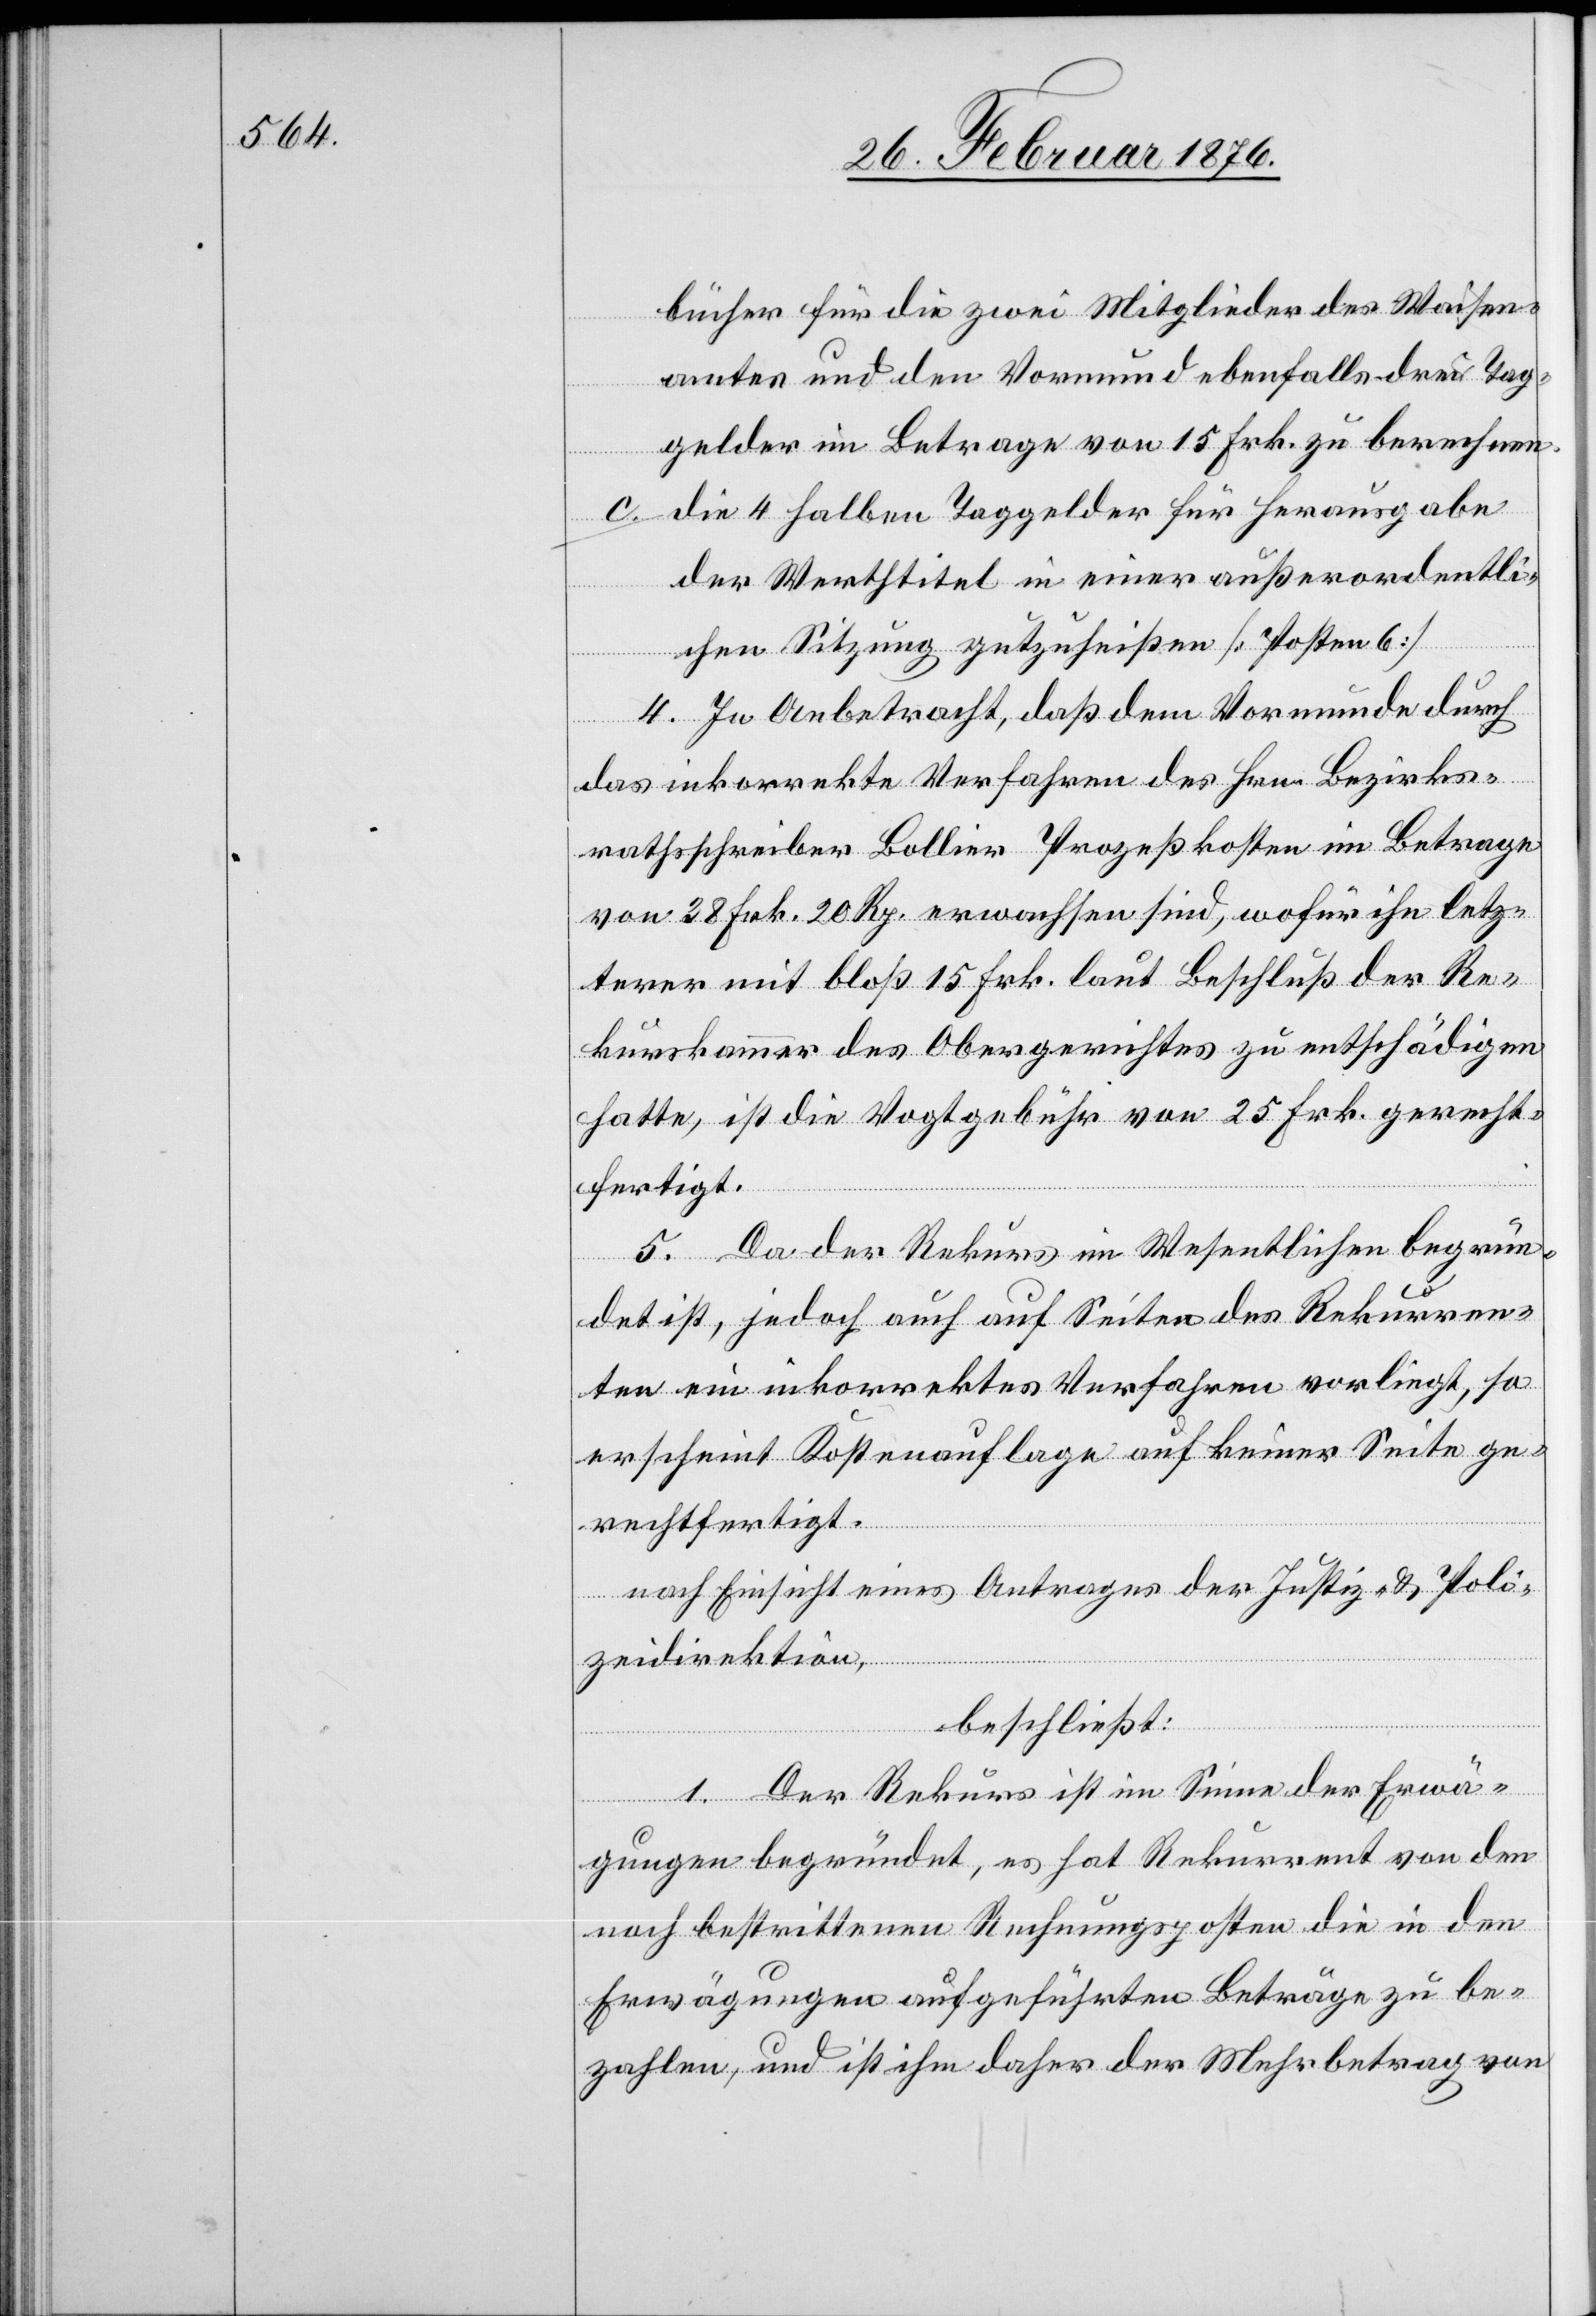
bücher für die zwei Mitglieder des Waisen¬
amtes und den Vormund ebenfalls drei Tag¬
gelder im Betrage von 15 Frk. zu berechnen.
c. die 4 halben Taggelder für Herausgabe
der Werthtitel in einer außerordentli¬
chen Sitzung gutzuheißen [Posten 6].
4. In Anbetracht, daß dem Vormunde durch
das inkorrekte Verfahren des Hrn. Bezirks¬
rathsschreiber Bollier Prozeßkosten im Betrage
von 38 Frk. 20 Rp. erwachsen sind, wofür ihn letz¬
terer mit bloß 15 Frk. laut Beschluß der Re¬
kurskammer des Obergerichtes zu entschädigen
hatte, ist die Vogtgebühr von 25 Frk. gerecht¬
fertigt.
5. Da der Rekurs im Wesentlichen begrün¬
det ist, jedoch auch auf Seiten des Rekurren¬
ten ein inkorrektes Verfahren vorliegt, so
erscheint Kostenauflage auf keiner Seite ge¬
rechtfertigt.
nach Einsicht eines Antrages der Justiz- & Poli¬
zeidirektion,
beschließt:
1. Der Rekurs ist im Sinne der Erwä¬
gungen begründet, es hat Rekurrent von den
noch bestrittenen Rechnungsposten die in den
Erwägungen aufgeführten Beträge zu be¬
zahlen, und ist ihm daher der Mehrbetrag von